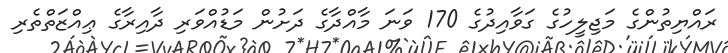
ރައްޔިތުންގެ މަޖިލީހުގެ ގަވާއިދުގެ 170 ވަނަ މާއްދާގެ ދަށުން މަޑުއްވަރި ދާއިރާގެ ޢިއްޒަތްތެރި